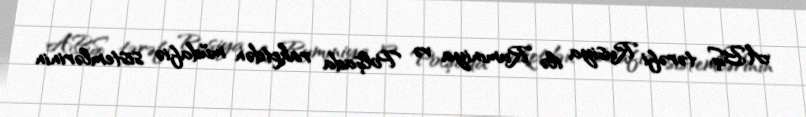
ABŞ tərəfi Rusiya ilə Rumıniya və Polşada raketdən müdafiə sistemlərinin